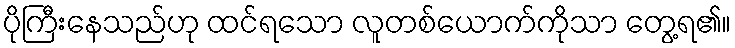
ပိုကြီးနေသည်ဟု ထင်ရသော လူတစ်ယောက်ကိုသာ တွေ့ရ၏။